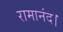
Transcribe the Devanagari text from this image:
रामानंद।